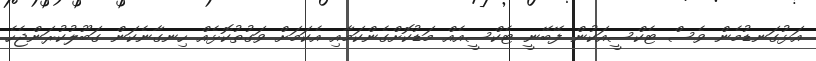
އަޅުގަނޑުމެން ވެސް ޓެކްސީއަކުން ފޭބޭނީ ޓެކްސީއެއް މަޑުކޮށްގެންކަމާއި އެކަމަށް ވަގުތުކޮޅެއް ހިނގާނެކަން ގަބޫލުކުރަންޖެހެ